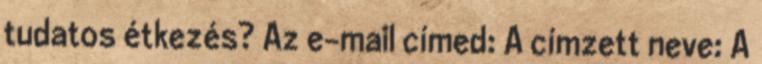
tudatos étkezés? Az e-mail címed: A címzett neve: A